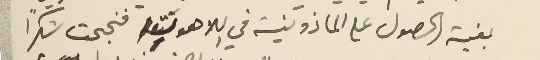
بغية الحصول على الماذونية في اللاهوت فنجحت شكراً